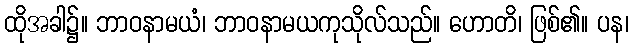
ထိုအခါ၌။ ဘာဝနာမယံ၊ ဘာဝနာမယကုသိုလ်သည်။ ဟောတိ၊ ဖြစ်၏။ ပန၊